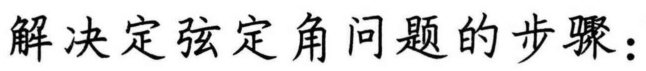
解决定弦定角问题的步骤：